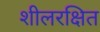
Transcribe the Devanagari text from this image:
शीलरक्षित